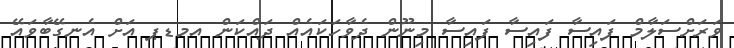
ވަރަށްސަލާމް ފައިސާ ފައިސާ ފައިސާ މިނޫން ދެވާހަކައެއް ދައްކަން އމޑޕ އަށް އެނގޭބާވައޭ